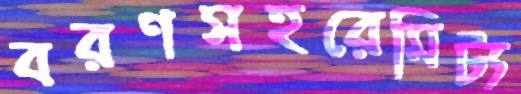
বরণসহরেমিট্য